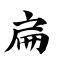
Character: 扁